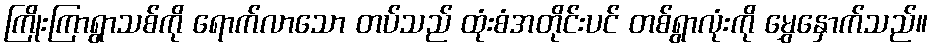
ကြိုးကြာရွာသစ်ကို ရောက်လာသော တပ်သည် ထုံးစံအတိုင်းပင် တစ်ရွာလုံးကို မွှေနှောက်သည်။